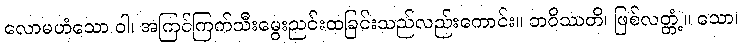
လောမဟံသော ဝါ၊ အကြင်ကြက်သီးမွေးညင်းထခြင်းသည်လည်းကောင်း။ ဘဝိဿတိ၊ ဖြစ်လတ္တံ့။ သော၊